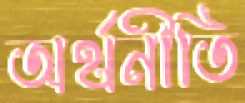
অর্থনীতি